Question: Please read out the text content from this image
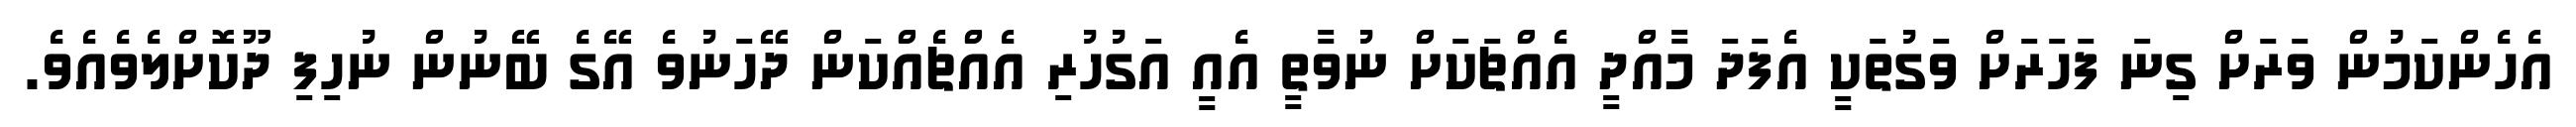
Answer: އެހެންކަމުން ވަރަށް ގިނަ ފަހަރަށް ވަގުތަކީ އެފަދަ މާއްދީ އެއްޗަކަށް ނުވާތީ އެއީ އަގުހުރި އެއްޗެއްކަން ދޭހަނުވެ އޭގެ ބޭނުން ނުހިފި ދޫކޮށްލެވެއެވެ.